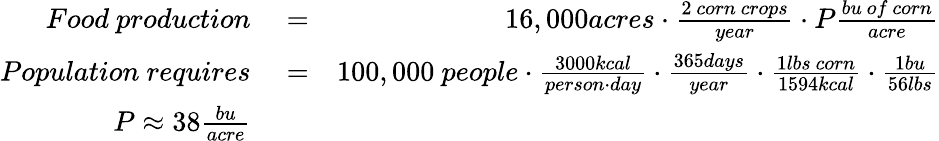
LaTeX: \begin{array}{rlr}{Food~production}&{{}=}&{16,000acres\cdot\frac{2~corn~crops}{year}\cdot P\frac{bu~of~corn}{acre}}\\ {Population~requires}&{{}=}&{100,000~people\cdot\frac{3000kcal}{person\cdot day}\cdot\frac{365days}{year}\cdot\frac{1lbs~corn}{1594kcal}\cdot\frac{1bu}{56lbs}}\\ {P\approx 38\frac{bu}{acre}}&{{}}&{}\end{array}